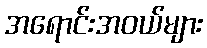
အရောင်းအဝယ်များ